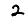
Digit: 2